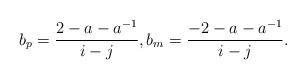
LaTeX: \begin{align*}b_p = \frac{2-a-a^{-1}}{i-j}, b_m = \frac{-2-a-a^{-1}}{i-j}.\end{align*}